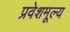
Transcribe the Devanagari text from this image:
प्रवेशमूल्य